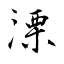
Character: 溧